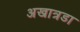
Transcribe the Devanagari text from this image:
अखात्रडा